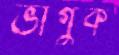
ভাগুক